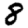
Digit: 8